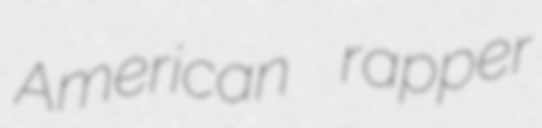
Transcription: American rapper